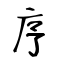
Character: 序